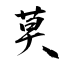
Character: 莫